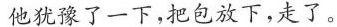
他犹豫了一下，把包放下，走了。